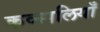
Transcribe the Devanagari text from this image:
कव्वालियाँ